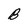
Character: B